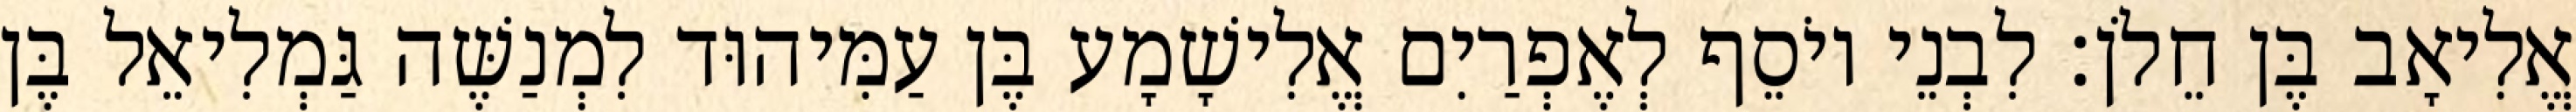
אֱלִיאָב בֶּן חֵלֹן׃ לִבְנֵי יוֹסֵף לְאֶפְרַיִם אֱלִישָׁמָע בֶּן עַמִּיהוּד לִמְנַשֶּׁה גַּמְלִיאֵל בֶּן